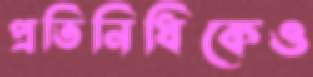
প্রতিনিধিকেও